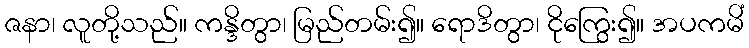
ဇနာ၊ လူတို့သည်။ ကန္ဒိတွာ၊ မြည်တမ်း၍။ ရောဒိတွာ၊ ငိုကြွေး၍။ အပကမိံ